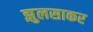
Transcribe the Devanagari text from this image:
झुलसाकर